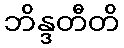
ဘိန္ဒတီတိ